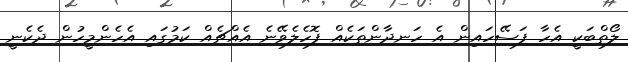
ލޯތްބަކީ އެހާ ފަސޭހައިން އެ ހަނދާންތަކެއް ފޮހެލެވޭނެ އެއްޗެއް ކަމުގައި އެހެންމީހުން ދެކެނީ